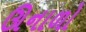
ઊનાળો